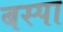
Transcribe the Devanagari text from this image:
बस्‍पा